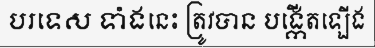
បរទេស ទាំងនេះ ត្រូវបាន បង្កើតឡើង